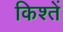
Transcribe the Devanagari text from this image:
किश्तें